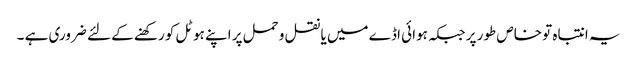
یہ انتباہ تو خاص طور پر جبکہ ہوائی اڈے میں یا نقل و حمل پر اپنے ہوٹل کو رکھنے کے لئے ضروری ہے ۔